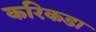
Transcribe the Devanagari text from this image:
करिकडा